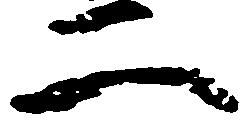
二